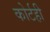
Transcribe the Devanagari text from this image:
कोर्टही